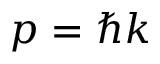
p = \hbar k